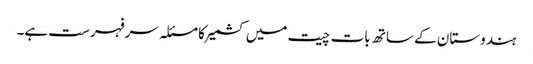
ہندوستان کے ساتھ بات چیت میں کشمیر کا مسئلہ سرفہرست ہے۔